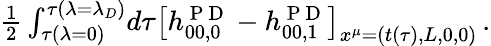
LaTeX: \begin{array}{r}{\frac{1}{2}\int_{\tau(\lambda=0)}^{\tau(\lambda=\lambda_{D})}\! d\tau\big[h_{00,0}^{\mathrm{~P~D~}}-h_{00,1}^{\mathrm{~P~D~}}\big]_{x^{\mu}=(t(\tau),L,0,0)}\, .}\end{array}